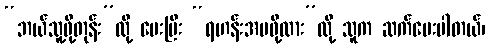
“ဘယ်သူ့ဖို့တုန်း”လို့ မေးပြီး “ရဟန်းအမဖို့လား”လို့ သူက ဆက်မေးပါတယ်၊